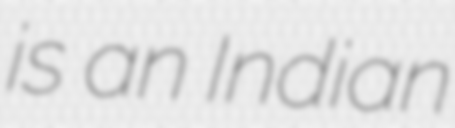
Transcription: is an Indian